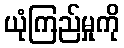
ယုံကြည်မှုကို